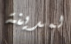
لمدينة